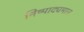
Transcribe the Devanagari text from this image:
निष्पाद्यमान